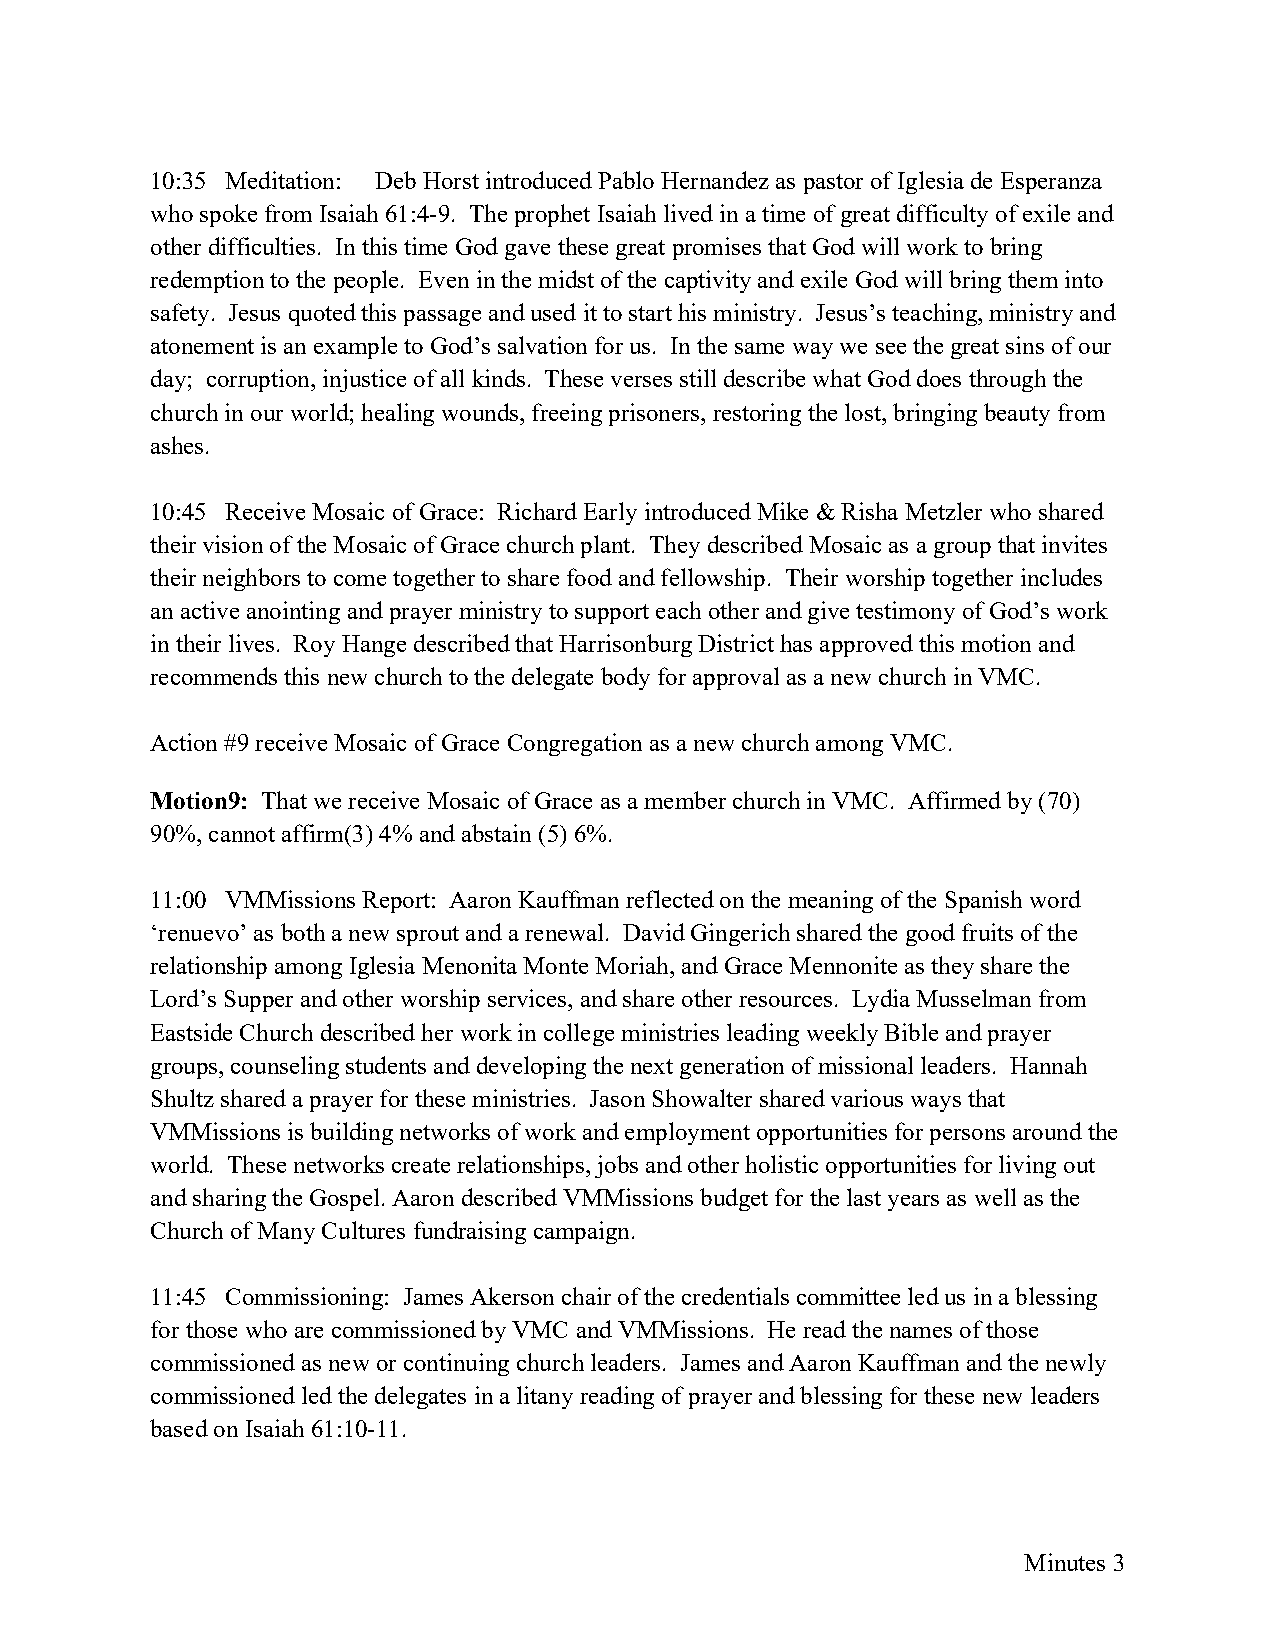
10:35 Meditation: Deb Horst introduced Pablo Hernandez as pastor of Iglesia de Esperanza
 who spoke from Isaiah 61:4-9. The prophet Isaiah lived in a time of great difficulty of exile and
 other difficulties. In this time God gave these great promises that God will work to bring
 redemption to the people. Even in the midst of the captivity and exile God will bring them into
 safety. Jesus quoted this passage and used it to start his ministry. Jesus’s teaching, ministry and
 atonement is an example to God’s salvation for us. In the same way we see the great sins of our
 day; corruption, injustice of all kinds. These verses still describe what God does through the
 church in our world; healing wounds, freeing prisoners, restoring the lost, bringing beauty from
 ashes.
 10:45 Receive Mosaic of Grace: Richard Early introduced Mike & Risha Metzler who shared
 their vision of the Mosaic of Grace church plant. They described Mosaic as a group that invites
 their neighbors to come together to share food and fellowship. Their worship together includes
 an active anointing and prayer ministry to support each other and give testimony of God’s work
 in their lives. Roy Hange described that Harrisonburg District has approved this motion and
 recommends this new church to the delegate body for approval as a new church in VMC.
 Action #9 receive Mosaic of Grace Congregation as a new church among VMC.
 Motion9: That we receive Mosaic of Grace as a member church in VMC. Affirmed by (70)
 90%, cannot affirm(3) 4% and abstain (5) 6%.
 11:00 VMMissions Report: Aaron Kauffman reflected on the meaning of the Spanish word
 ‘renuevo’ as both a new sprout and a renewal. David Gingerich shared the good fruits of the
 relationship among Iglesia Menonita Monte Moriah, and Grace Mennonite as they share the
 Lord’s Supper and other worship services, and share other resources. Lydia Musselman from
 Eastside Church described her work in college ministries leading weekly Bible and prayer
 groups, counseling students and developing the next generation of missional leaders. Hannah
 Shultz shared a prayer for these ministries. Jason Showalter shared various ways that
 VMMissions is building networks of work and employment opportunities for persons around the
 world. These networks create relationships, jobs and other holistic opportunities for living out
 and sharing the Gospel. Aaron described VMMissions budget for the last years as well as the
 Church of Many Cultures fundraising campaign.
 11:45 Commissioning: James Akerson chair of the credentials committee led us in a blessing
 for those who are commissioned by VMC and VMMissions. He read the names of those
 commissioned as new or continuing church leaders. James and Aaron Kauffman and the newly
 commissioned led the delegates in a litany reading of prayer and blessing for these new leaders
 based on Isaiah 61:10-11.
 Minutes 3